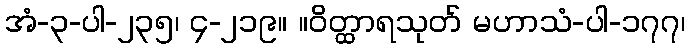
အံ-၃-ပါ-၂၃၅၊ ၄-၂၁၉။ ။ဝိတ္ထာရသုတ် မဟာသံ-ပါ-၁၇၇၊